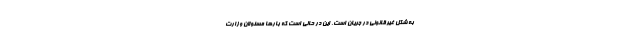
به شکل غیرقانونی در جریان است. این در حالی است که بارها مسئولان وزارت